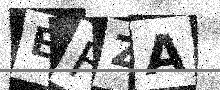
Text: EFZA